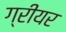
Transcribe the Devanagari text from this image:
ग्रीयर